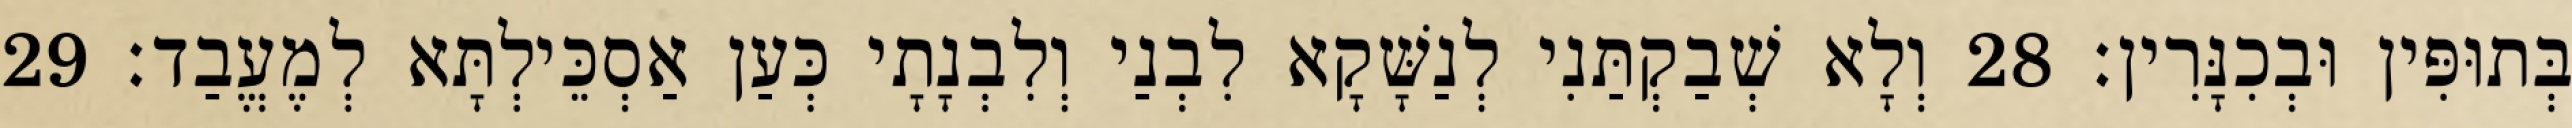
בְּתוּפִּין וּבְכִנָּרִין׃ 28 וְלָא שְׁבַקְתַּנִי לְנַשָּׁקָא לִבְנַי וְלִבְנָתָי כְּעַן אַסְכֵּילְתָּא לְמֶעֱבַד׃ 29